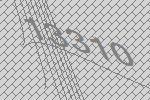
13310